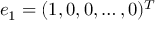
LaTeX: e _ { 1 } = ( 1 , 0 , 0 , \ldots , 0 ) ^ { T }